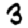
Digit: 3